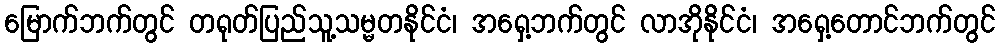
မြောက်ဘက်တွင် တရုတ်ပြည်သူ့သမ္မတနိုင်ငံ၊ အရှေ့ဘက်တွင် လာအိုနိုင်ငံ၊ အရှေ့တောင်ဘက်တွင်